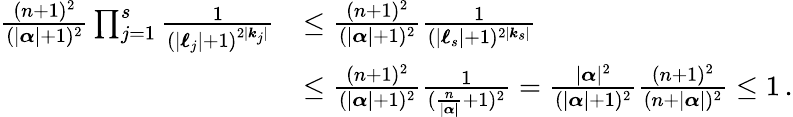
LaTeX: \begin{array}{rl}{\frac{(n+1)^{2}}{(|{\boldsymbol{\alpha}}|+1)^{2}}\prod_{j=1}^{s}\frac{1}{(|{\boldsymbol{\ell}}_{j}|+1)^{2|{\boldsymbol{k}}_{j}|}}}&{\leq\frac{(n+1)^{2}}{(|{\boldsymbol{\alpha}}|+1)^{2}}\frac{1}{(|{\boldsymbol{\ell}}_{s}|+1)^{2|{\boldsymbol{k}}_{s}|}}}\\ &{\leq\frac{(n+1)^{2}}{(|{\boldsymbol{\alpha}}|+1)^{2}}\frac{1}{(\frac{n}{|{\boldsymbol{\alpha}}|}+1)^{2}}=\frac{|{\boldsymbol{\alpha}}|^{2}}{(|{\boldsymbol{\alpha}}|+1)^{2}}\frac{(n+1)^{2}}{(n+|{\boldsymbol{\alpha}}|)^{2}}\leq 1\, .}\end{array}